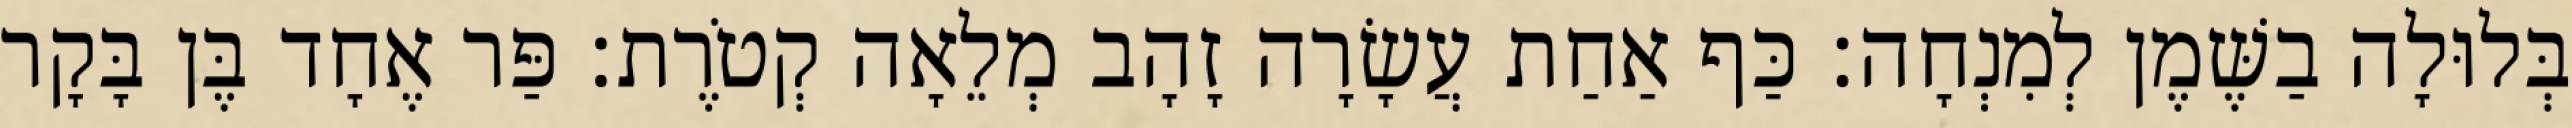
בְּלוּלָה בַשֶּׁמֶן לְמִנְחָה׃ כַּף אַחַת עֲשָׂרָה זָהָב מְלֵאָה קְטֹרֶת׃ פַּר אֶחָד בֶּן בָּקָר